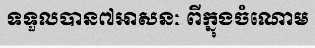
ទទួលបាន៧អាសនៈ ពីក្នុងចំណោម